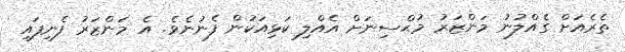
ތެރެއަށް ގެއްލުނު މަންޒަރު މުޙްސިނަށް އެއްލި ކަޅިއަކުން ފެނުނެވެ. އެ މަންޒަރު ފެނިފައި